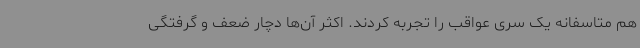
هم متاسفانه یک سری عواقب را تجربه کردند. اکثر آن‌ها دچار ضعف و گرفتگی